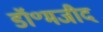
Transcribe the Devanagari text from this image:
डॉ॰मजीद